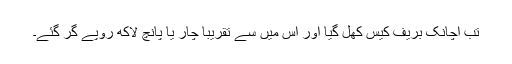
تب اچانک بریف کیس کھل گیا اور اس میں سے تقریباً چار یا پانچ لاکھ روپے گر گئے۔